Eliaser,_Agnia_(Rutt)_ja_Elga, lk 41
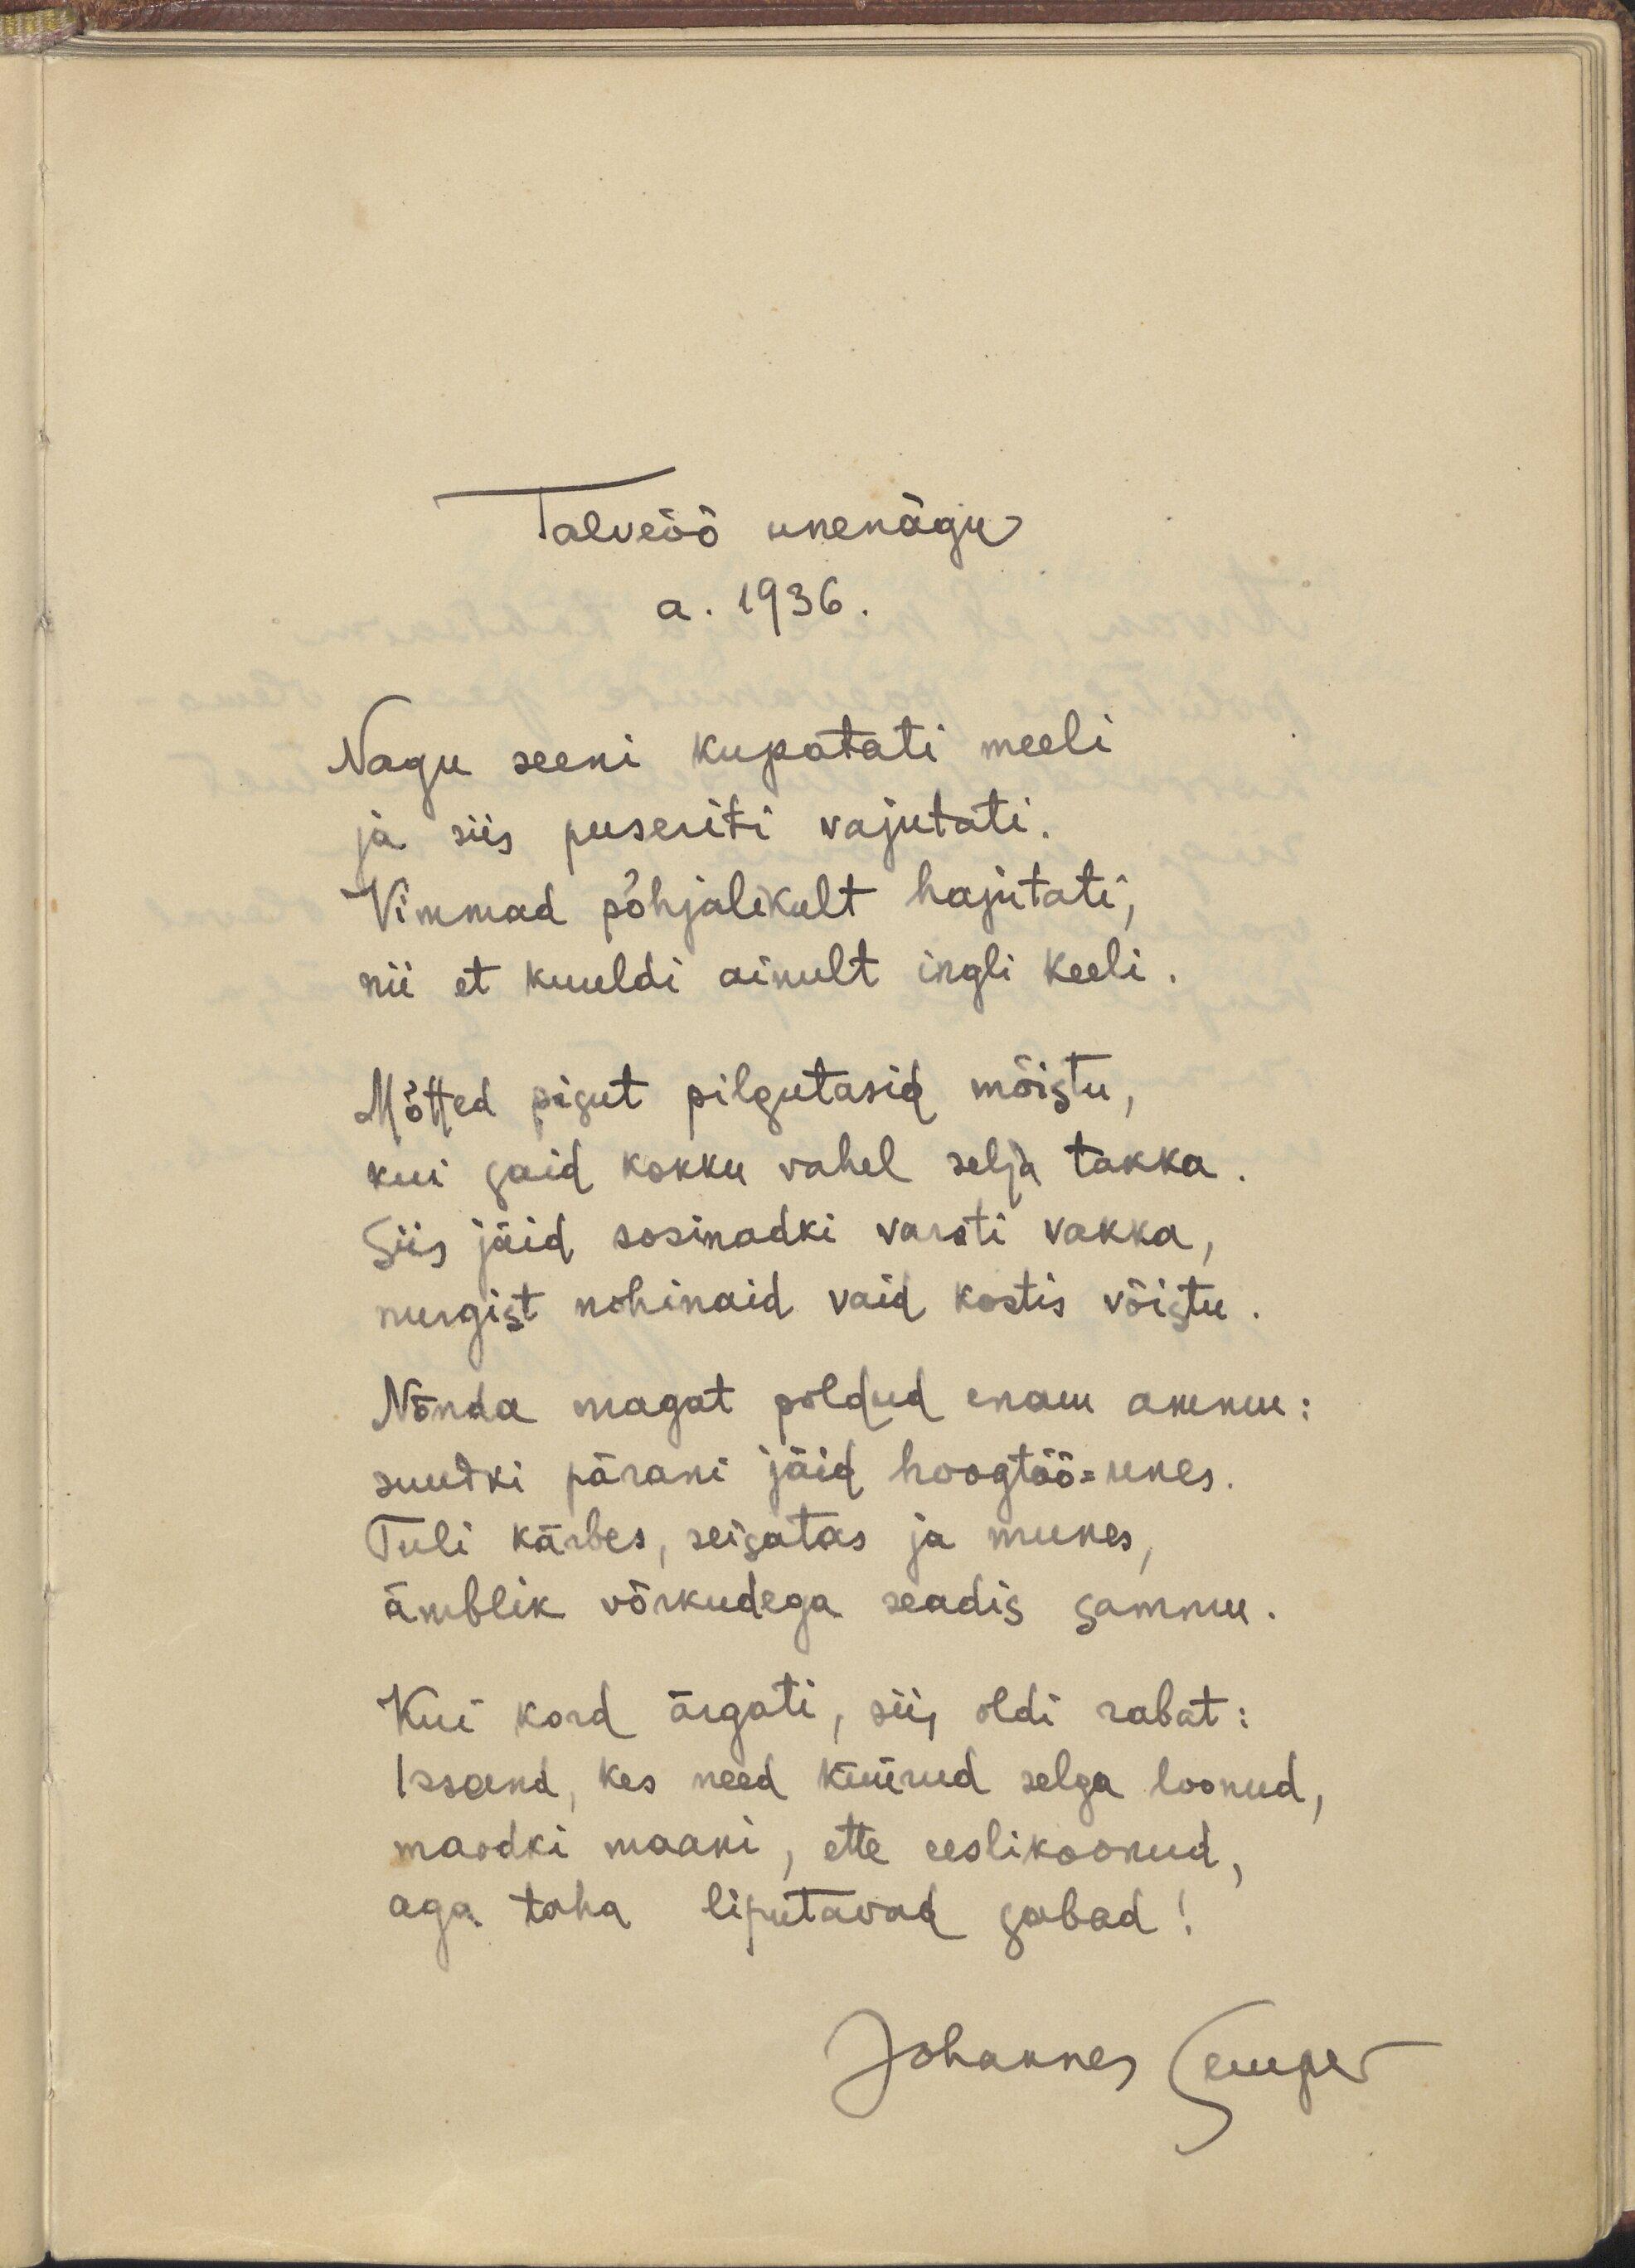
Talveöö unenägu
a. 1936.
Nagu seeni kupatati meeli
ja siis puseriti vajutati.
Vimmad põhjalikult hajutati,
nii et kuuldi ainult ingli keeli.
Mõtted pisut pilgutasid mõistu,
kui said kokku vahel selja takka.
Siis jäid sosinadki varsti vakka,
nurgist nohinaid vaid kostis võistu.
Nõnda magat poldud enam ammu:
suudki pärani jäid hoogtöö-unes.
Tuli kärbes, seisatas ja munes,
ämblik võrkudega seadis sammu.
Kui kord ärgati, siis oldi rabat :
Issand, kes need küürud selga loonud,
maodki maani, ette eeslikoonud,
aga taha liputavad sabad!
Johannes Semper